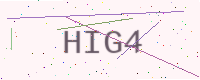
Text: HIG4